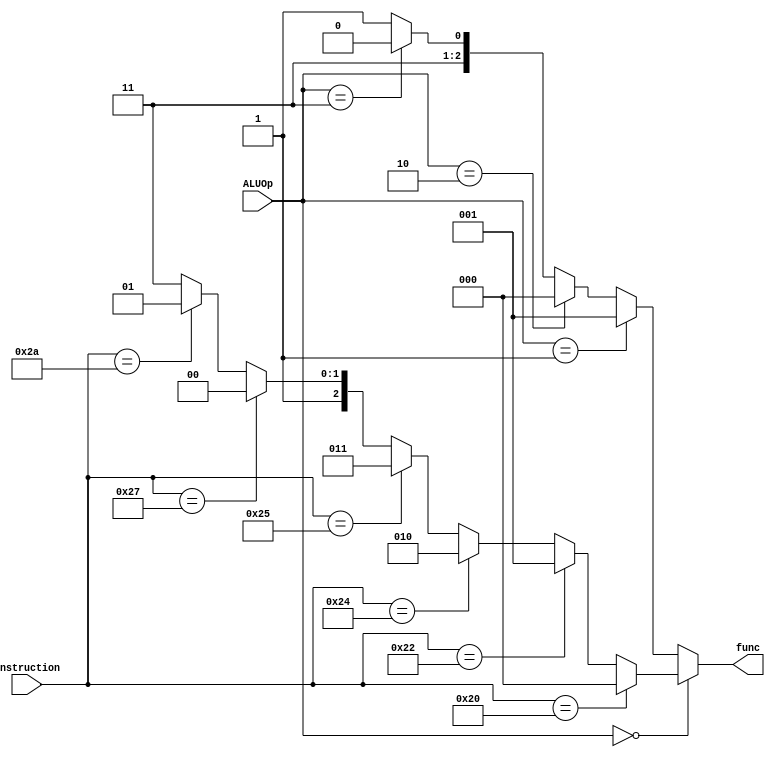
`timescale 1ns / 1ns

module ALU_control(
    input [5:0] instruction,
	input [1:0] ALUOp,
	output reg [2:0] func
);

    always @(*) begin
        if (ALUOp == 2'b00) begin   // R-Format  
            if (instruction == 6'h20)   // ADD
		      func = 3'd0;
            else if (instruction == 6'h22)  // SUB
		      func = 3'd1;
		    else if (instruction == 6'h24)    // AND
		      func = 3'd2;
		    else if (instruction == 6'h25)    // OR
		      func = 3'd3;
		    else if (instruction == 6'h27)    // NOR
		      func = 3'd4;
		    else if (instruction == 6'h2A)    // SLT
		      func = 3'd5;
		    else
		      func = 3'd7;
	   end else if (ALUOp == 2'b01) begin  // BRANCH, BNE
            func = 3'd1;
	   end else if (ALUOp == 2'b10) begin // LW, SW
		    func = 3'd0;
	   end else if (ALUOp == 2'b11) begin  // LUI
	        func = 3'd6;    
	   end else begin
		    func = 3'd7;
	   end
    end


endmodule